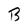
Character: B